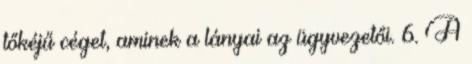
tőkéjű céget, aminek a lányai az ügyvezetői. 6. A